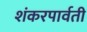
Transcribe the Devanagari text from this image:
शंकरपार्वती